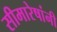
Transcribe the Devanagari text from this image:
सीमारेषांनी